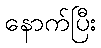
နောက်ပြီး